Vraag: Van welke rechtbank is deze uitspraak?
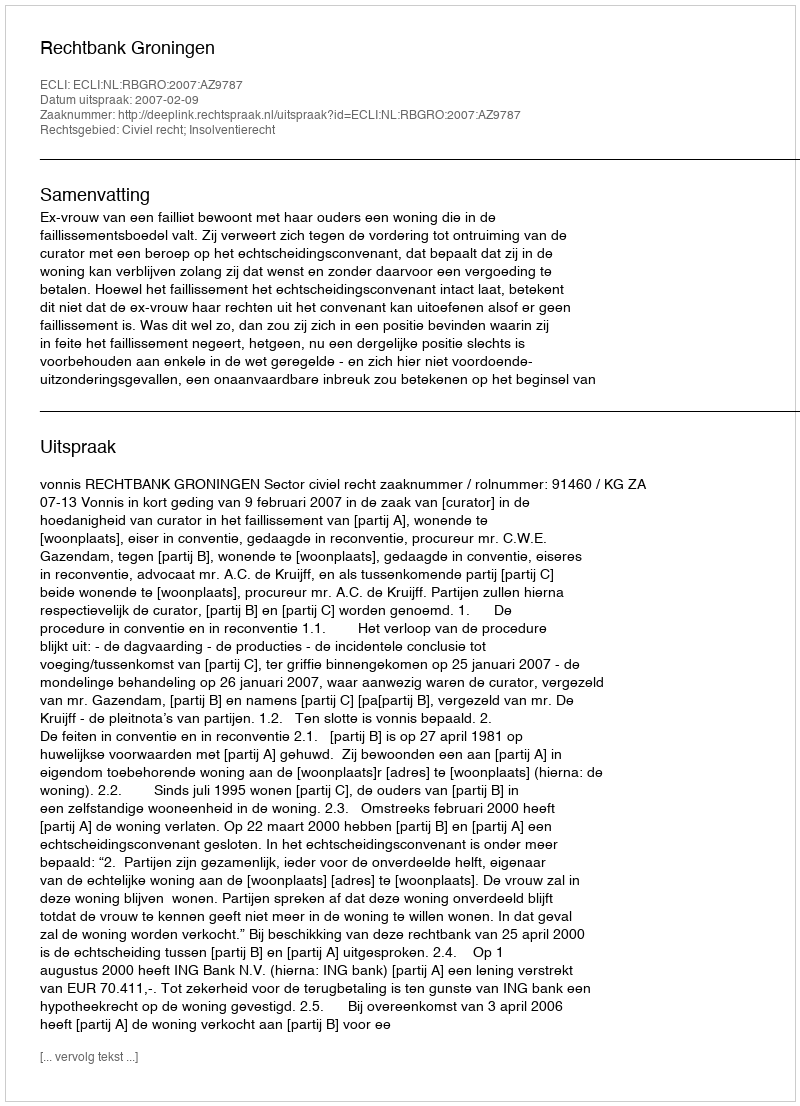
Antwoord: Rechtbank Groningen